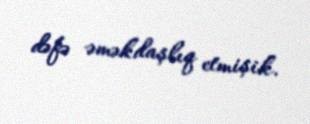
dəfə əməkdaşlıq etmişik.